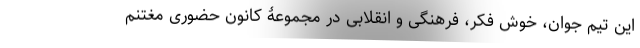
این تیم جوان، خوش فکر، فرهنگی و انقلابی در مجموعۀ کانون حضوری مغتنم